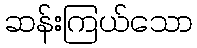
ဆန်းကြယ်သော